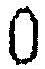
0